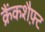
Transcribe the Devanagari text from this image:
क्रैंकशैफ़्ट